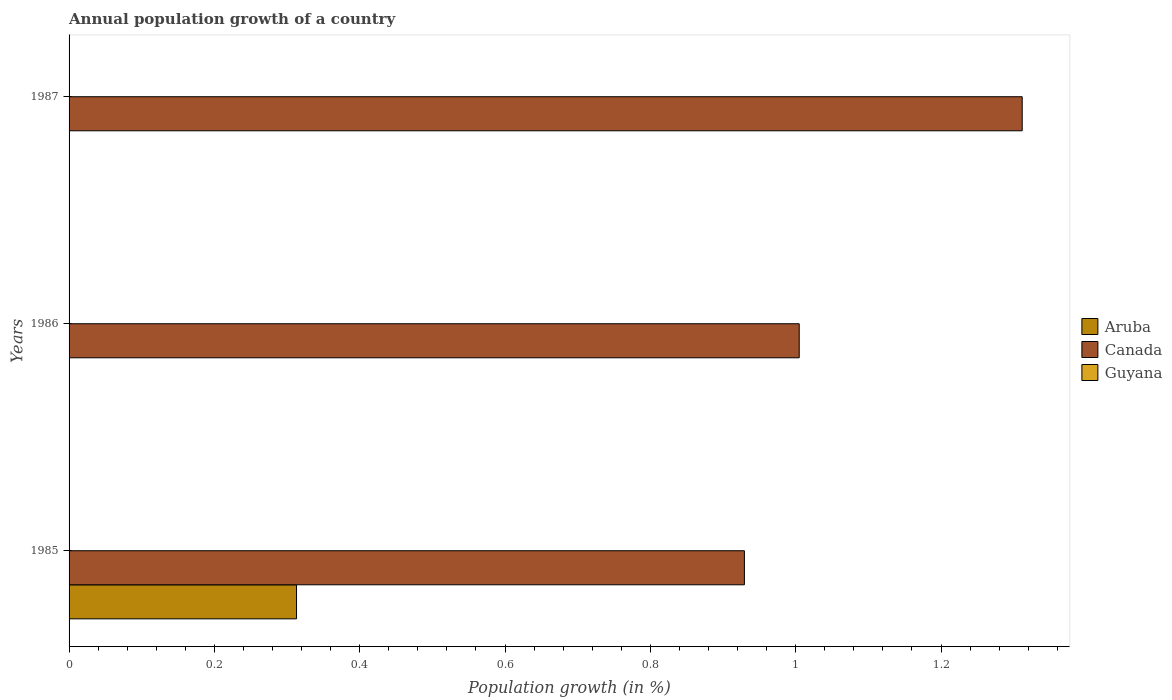
| Years | Aruba | Canada | Guyana |
 | --- | --- | --- | --- |
 | 1985 | 0.313 | 0.929 | -1.07 |
 | 1986 | -0.611 | 1 | -1.24 |
 | 1987 | -1.3 | 1.31 | -1.39 |